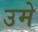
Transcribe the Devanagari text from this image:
उमे